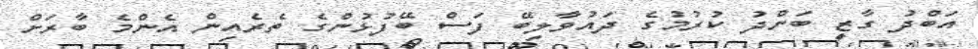
އަބްދު ގާޒީ ބަންދު ކުރުމުގެ ދައުވާލިބޭ ފަސް ބޭފުޅުންގެ ތެރެއިން އެންމެ ބާރަށް